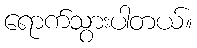
ရောက်သွားပါတယ်။